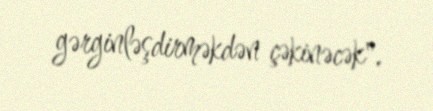
gərginləşdirməkdən çəkinəcək".